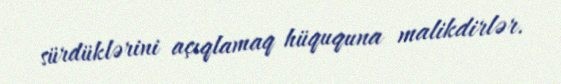
sürdüklərini açıqlamaq hüququna malikdirlər.